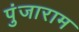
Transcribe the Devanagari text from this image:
पुंजाराम